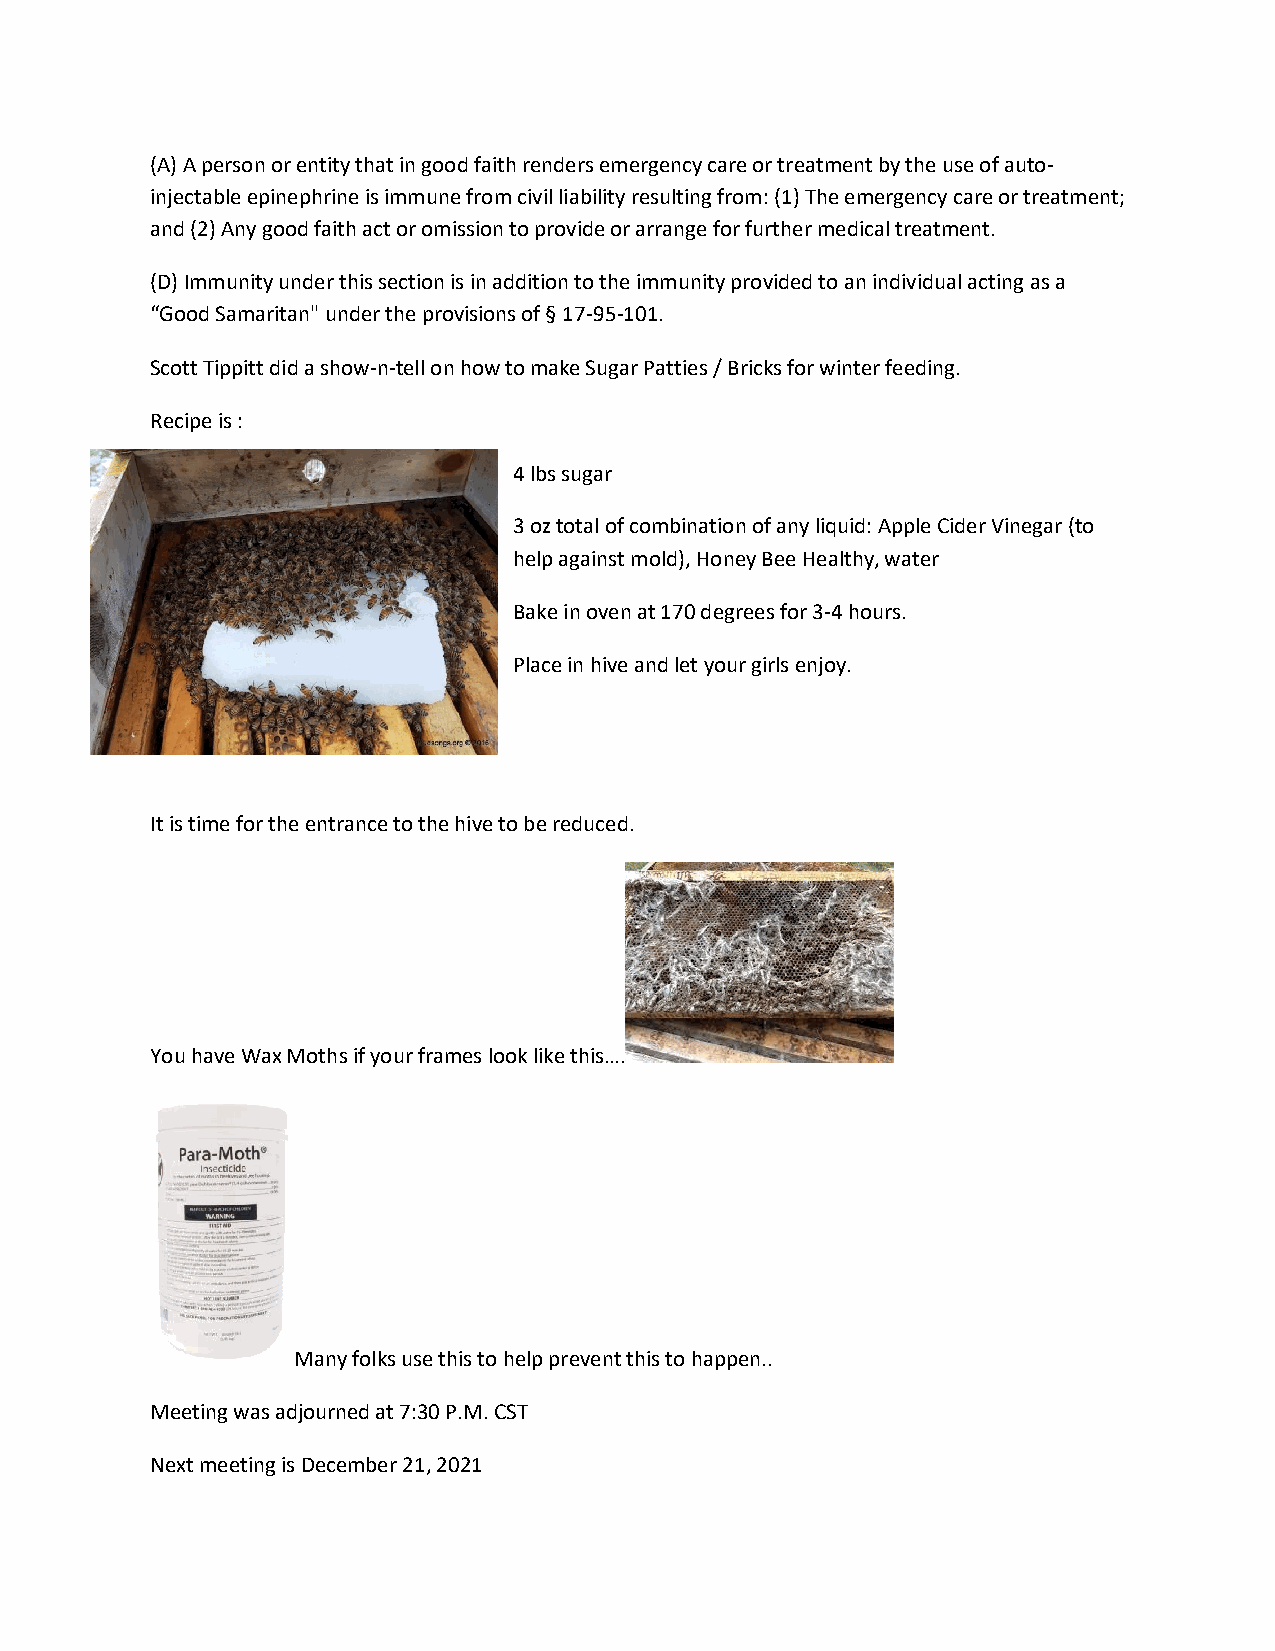
(A) A person or entity that in good faith renders emergency care or treatment by the use of auto-
 injectable epinephrine is immune from civil liability resulting from: (1) The emergency care or treatment;
 and (2) Any good faith act or omission to provide or arrange for further medical treatment.
 (D) Immunity under this section is in addition to the immunity provided to an individual acting as a
 “Good Samaritan" under the provisions of § 17-95-101.
 Scott Tippitt did a show-n-tell on how to make Sugar Patties / Bricks for winter feeding.
 Recipe is :
 4 lbs sugar
 3 oz total of combination of any liquid: Apple Cider Vinegar (to
 help against mold), Honey Bee Healthy, water
 Bake in oven at 170 degrees for 3-4 hours.
 Place in hive and let your girls enjoy.
 It is time for the entrance to the hive to be reduced.
 You have Wax Moths if your frames look like this….
 Many folks use this to help prevent this to happen..
 Meeting was adjourned at 7:30 P.M. CST
 Next meeting is December 21, 2021